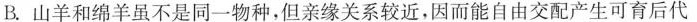
B.山羊和绵羊虽不是同一物种，但亲缘关系较近，因而能自由交配产生可育后代